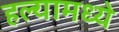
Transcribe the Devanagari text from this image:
हल्यामध्ये